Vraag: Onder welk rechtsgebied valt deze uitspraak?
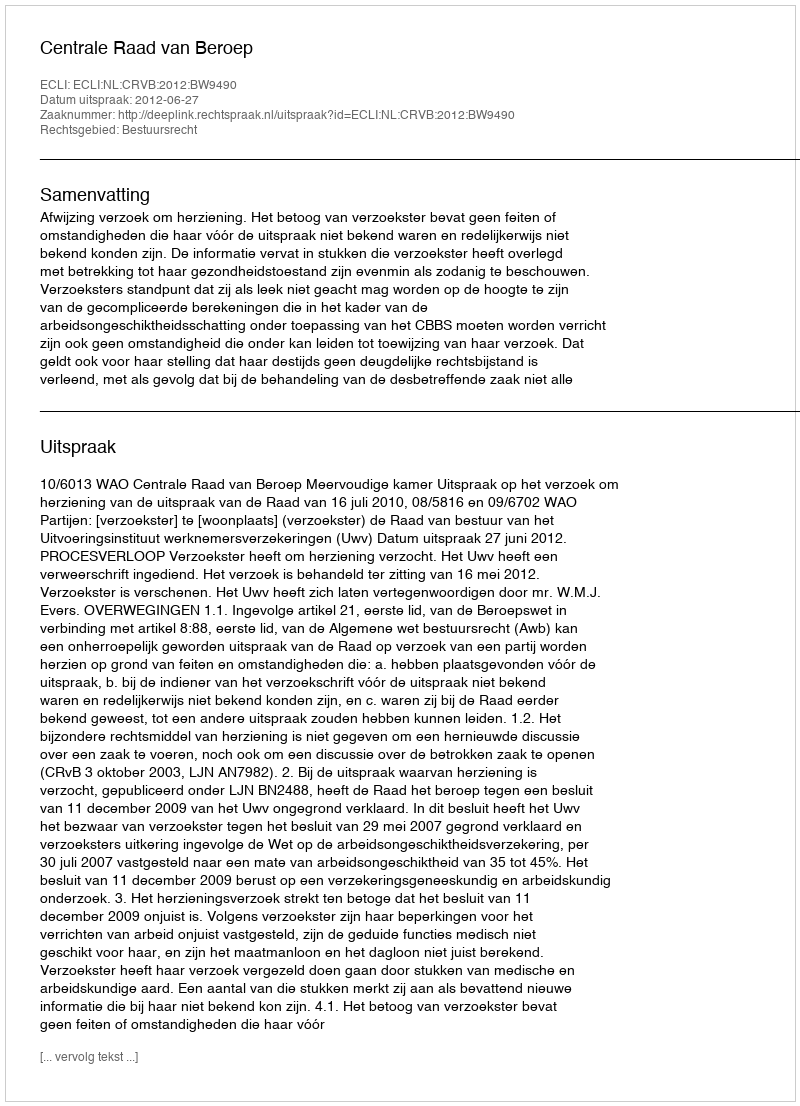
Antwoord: Bestuursrecht